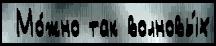
 Мо́жно так волновы́х